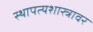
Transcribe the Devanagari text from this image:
स्थापत्यशास्त्रावर